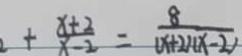
+ \frac { x + 2 } { x - 2 } = \frac { 8 } { ( x + 2 ) ( x - 2 ) }